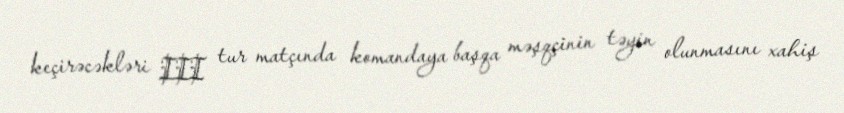
keçirəcəkləri III tur matçında komandaya başqa məşqçinin təyin olunmasını xahiş